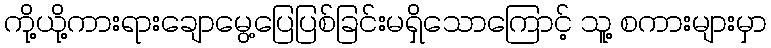
ကို့ယို့ကားရားချောမွေ့ပြေပြစ်ခြင်းမရှိသောကြောင့် သူ့ စကားများမှာ